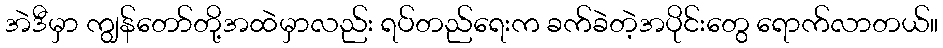
အဲဒီမှာ ကျွန်တော်တို့အထဲမှာလည်း ရပ်တည်ရေးက ခက်ခဲတဲ့အပိုင်းတွေ ရောက်လာတယ်။